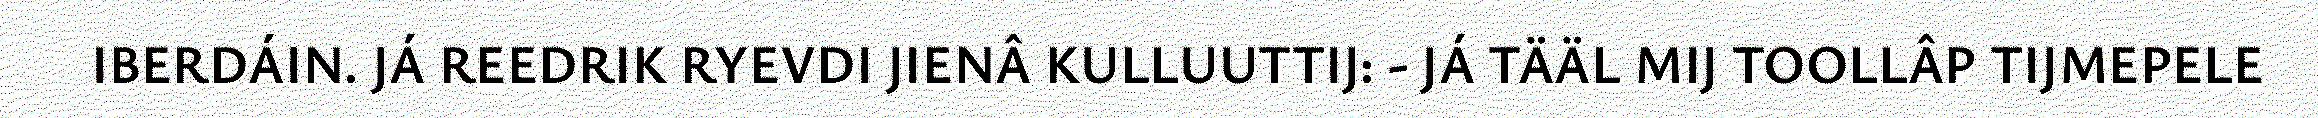
IBERDÁIN. JÁ REEDRIK RYEVDI JIENÂ KULLUUTTIJ: - JÁ TÄÄL MIJ TOOLLÂP TIJMEPELE